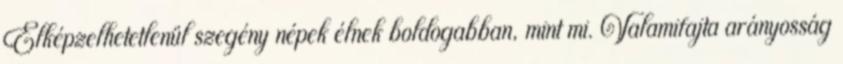
Elképzelhetetlenül szegény népek élnek boldogabban, mint mi. Valamifajta arányosság